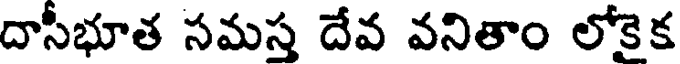
దాసీభూత సమస్త దేవ వనితాం లోకైక